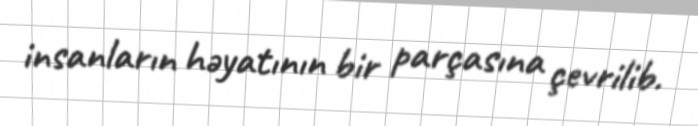
insanların həyatının bir parçasına çevrilib.